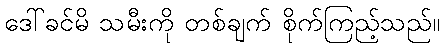
ဒေါ်ခင်မိ သမီးကို တစ်ချက် စိုက်ကြည့်သည်။